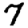
Digit: 7